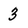
Character: 3